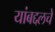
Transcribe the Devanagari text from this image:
यांबद्दलचे